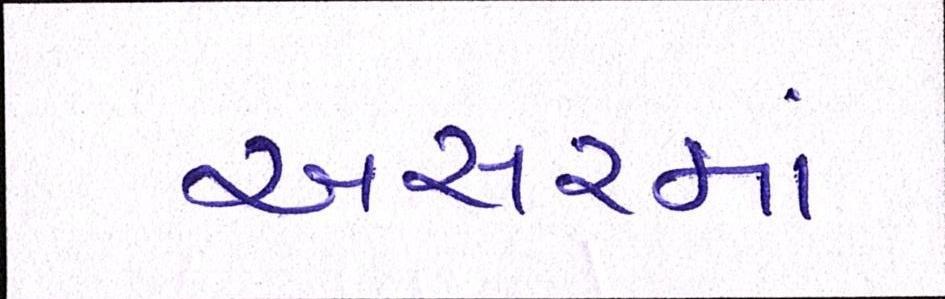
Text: અસરમાં